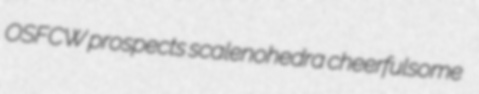
OSFCW prospects scalenohedra cheerfulsome